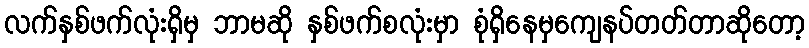
လက်နှစ်ဖက်လုံးရှိမှ ဘာမဆို နှစ်ဖက်စလုံးမှာ စုံရှိနေမှကျေနပ်တတ်တာဆိုတော့